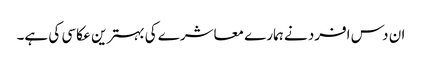
ان دس افرد نے ہمارے معاشرے کی بہترین عکاسی کی ہے۔